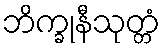
ဘိက္ခုနီသုတ္တံ